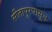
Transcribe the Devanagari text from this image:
सीतापूरपासून